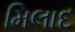
મિલાદ